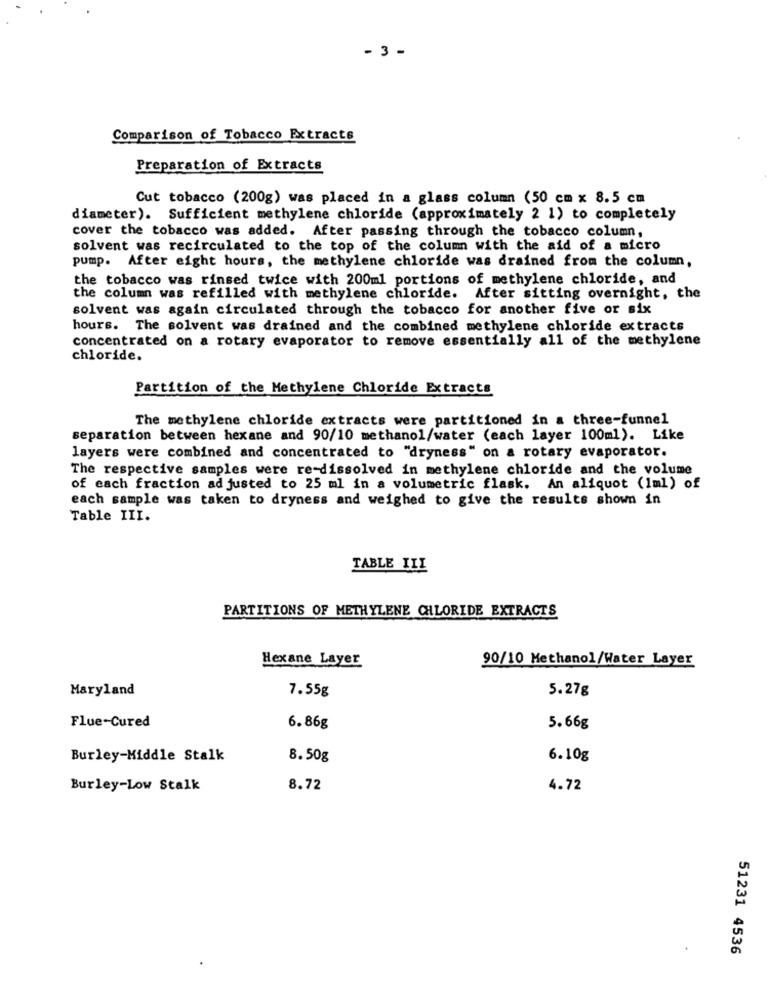
- 3 -
Comparison of Tobacco Extracts
Preparation of Extracts
Cut tobacco (200g) was placed in a glass column (50 cm x 8.5 cm
diameter). Sufficient methylene chloride (approximately 2 1) to completely
cover the tobacco was added. After passing through the tobacco column,
solvent was recirculated to the top of the column with the aid of a micro
pump. After eight hours, the methylene chloride was drained from the column,
the tobacco was rinsed twice with 200ml portions of methylene chloride, and
the column was refilled with methylene chloride. After sitting overnight, the
solvent was again circulated through the tobacco for another five or six
hours. The solvent was drained and the combined methylene chloride extracts
concentrated on a rotary evaporator to remove essentially all of the methylene
chloride.
Partition of the Methylene Chloride Extracts
The methylene chloride extracts were partitioned in a three-funnel
separation between hexane and 90/10 methanol/water (each layer 100ml). Like
layers were combined and concentrated to "dryness" on a rotary evaporator.
The respective samples were re-dissolved in methylene chloride and the volume
of each fraction adjusted to 25 ml in a volumetric flask. An aliquot (1ml) of
each sample was taken to dryness and weighed to give the results shown in
Table III.
TABLE IIL
PARTITIONS OF METHYLENE CHLORIDE EXTRACTS
Hexane Layer
90/10 Methanol/Water Layer
Maryland
7.55g
5.27g
Flue-Cured
6.86g
5.66g
Burley-Middle Stalk
8.50g
6.10g
Burley-Low Stalk
8.72
4.72
51231 4536